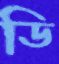
ডি